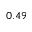
0 . 4 9